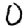
Digit: 0